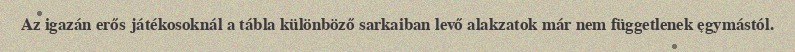
Az igazán erős játékosoknál a tábla különböző sarkaiban levő alakzatok már nem függetlenek egymástól.